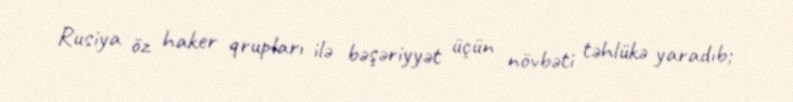
Rusiya öz haker qrupları ilə bəşəriyyət üçün növbəti təhlükə yaradıb;